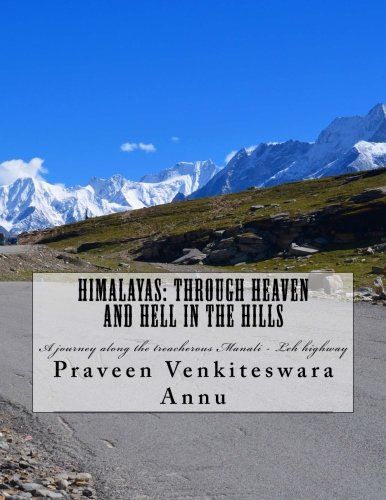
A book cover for Himalayas: Through Heaven and Hell in the Hills: A journey along the treacherous Manali - Leh highway; Mr Praveen Venkiteswara Annu; Travel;